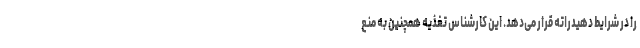
را در شرایط دهیدراته قرار می‌دهد. این کارشناس تغذیه همچنین به منع